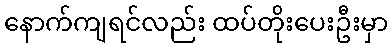
နောက်ကျရင်လည်း ထပ်တိုးပေးဦးမှာ